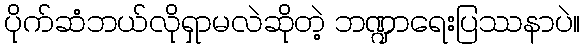
ပိုက်ဆံဘယ်လိုရှာမလဲဆိုတဲ့ ဘဏ္ဍာရေးပြဿနာပဲ။